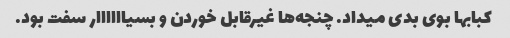
کبابها بوی بدی میداد. چنجه‌ها غیرقابل خوردن و بسیاااااار سفت بود.